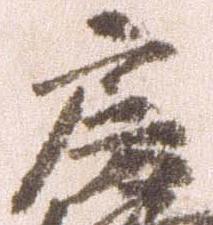
房